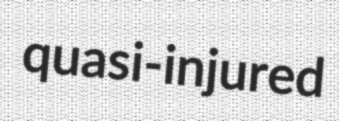
quasi-injured